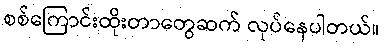
စစ်ကြောင်းထိုးတာတွေဆက် လုပ်နေပါတယ်။